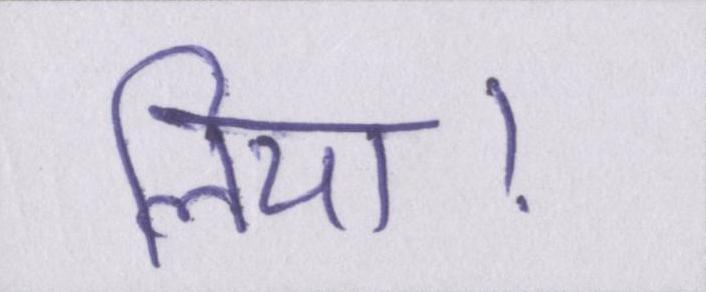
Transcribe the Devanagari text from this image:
लिया।